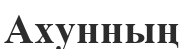
Ахунның